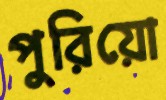
পুরিয়ো